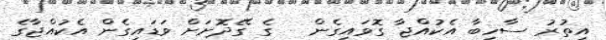
އިތުރު ސާހިބާ އެކުއްޖާ ގޮވައިގެން   ގެ ގޭދޮށަށް ވަޑައިގެން އެކުއްޖާގެ